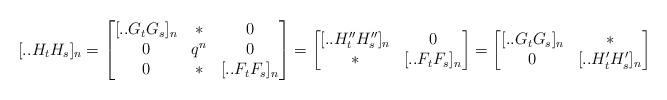
LaTeX: \begin{align*}[..H_tH_s]_n=\begin{bmatrix}[..G_tG_s]_n&*&0\\0&q^n&0\\0&*&[..F_tF_s]_n\end{bmatrix}=\begin{bmatrix}[..H_t''H_s'']_n&0\\ *&[..F_tF_s]_n\end{bmatrix}=\begin{bmatrix}[..G_tG_s]_n&*\\ 0&[..H_t'H_s']_n\end{bmatrix}\end{align*}